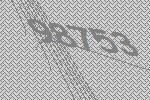
98753